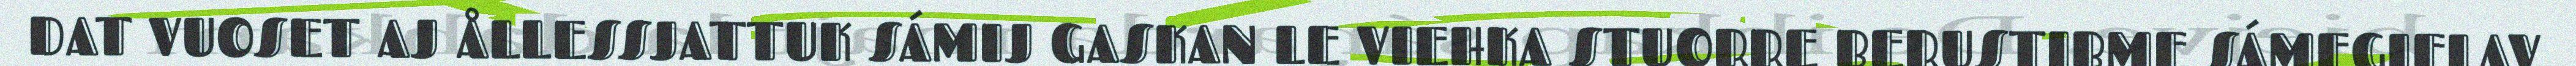
DAT VUOSET AJ ÅLLESSJATTUK SÁMIJ GASKAN LE VIEHKA STUORRE BERUSTIBME SÁMEGIELAV